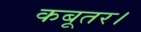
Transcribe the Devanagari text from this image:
कबूतर।